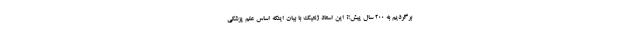
برگردیم به ۲۰۰ سال پیش!؟ این استاد ژنتیک با بیان اینکه اساس علم پزشکی